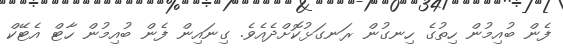
ފެން ބުއިމުން ހިތުގެ ހިނގުން ރަނގަޅުކޮށްދެއެެވެ. ގިނައިން ފެން ބުއިމުން ހާޓް އެޓޭކް